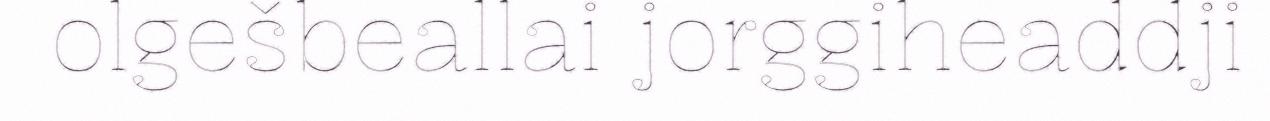
olgešbeallai jorggiheaddji